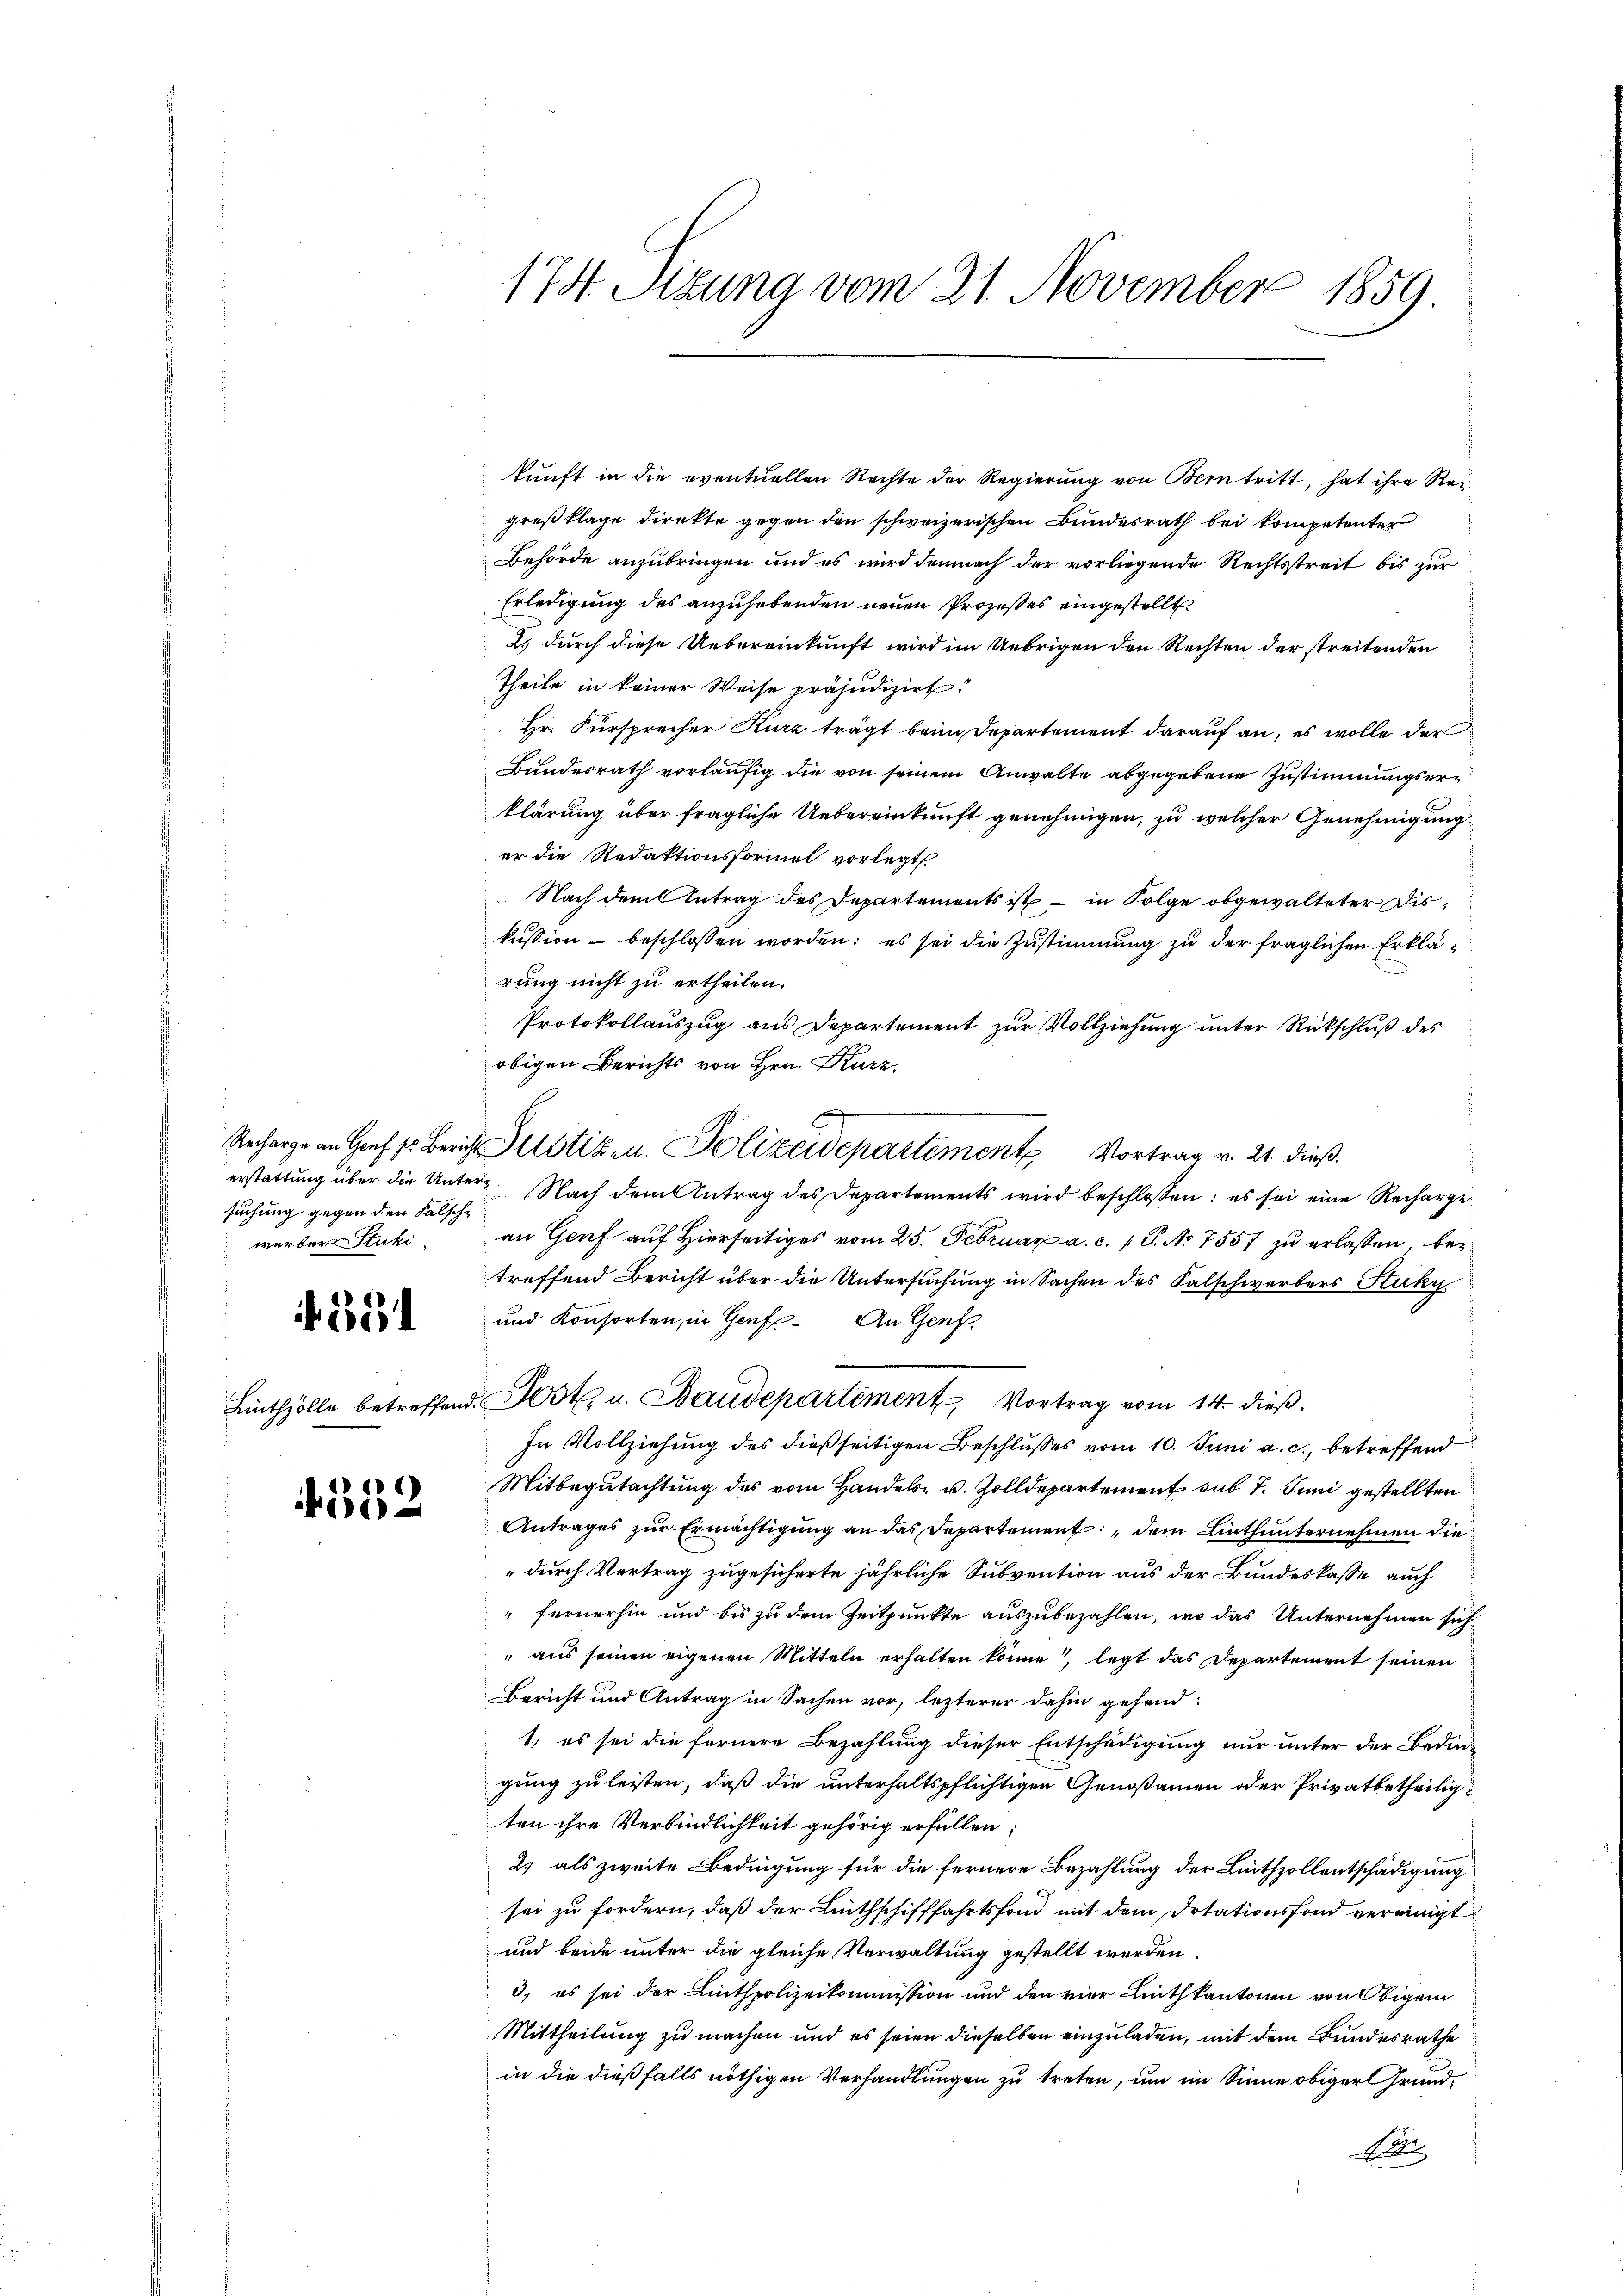
suchung gegen den Falsche

354

152

kunft in die eventuellen Rechte der Regierŭng von Bern tritt, hat ihre Reigreßklage direkte gegen den schweizerischen Bundesrath bei kompetenter
Behörde anzubringen und es wird demnach der vorliegende Rechtsstreit bis zur
Erledigung des anzuhebenden neuen Prozesses eingestellt
2., durch diese Uebereinkunft wird im Uebrigen den Rechten der streitenden
Theile in keiner Weise präjudizirt:
Hr. Fürsprecher Kurz trägt beim Departement darauf an, es wolle der
Bundesrath vorläufig die von seinem Anwalte abgegebene Zustimmungserklärung über fragliche Uebereinkunft genehmigen, zu welcher Genehmigung
er die Redaktionsformel vorlegt
Nach dem Antrag des Departements ist – in Folge obgewalteter Diskussion beschlossen worden: es sei die Zustimmung zu der fraglichen Erklärung nicht zu ertheilen.
Protokollauszug aus Departement zur Vollziehung unter Rückschluß des
obigen Berichts von Hrn. Kurz,
2
Recharge an Genf fr. Bericht Potizen. Polizeidepartement Vortrag v. 21. dieß.
erstattung über die Unter Nach dem Antrag des Departements wird beschlossen: es sei eine Rechargewerber Stuki an Genf aŭf hierseitiges vom 25. Februar a. c. 1 P. Nr. 755 zŭ erlassen, betreffend Bericht über die Untersuchung in Sachen des Salschwerbers Stucky
und Konsorten, in Genf. An Genf.
Linthzölle betreffend. Post. u. Baudepartement, Vortrag vom 14. dieß.
In Vollziehung des dießseitigen Beschlusses vom 10. Juni a. c., betreffend
Mitbegutachtung des vom Handels- u. Zolldepartement sub 7. Juni gestellten
Antrages zur Ermächtigung an das Departement dem Linthunternehmen die
„durch Vertrag zugesicherte jährliche Subvention aus der Bundeskasse auch
fernerhin und bis zu dem Zeitpunkte auszubezahlen, wo das Unternehmen sich
aus seinen eigenen Mitteln erhalten könne, legt das Departement seinen
Bericht und Antrag in Sachen vor, lezterer dahin gehend:
1. es sei die fernere Bezahlung dieser Entschädigung nur unter der Bedin-
gung zu leisten, daß die unterhaltspflichtigen Genoßamen oder Privatbetheiligten ihre Verbindlichkeit gehörig erfüllen;
2) als zweite Bedingung für die fernere Bezahlung der Linthzollentschädigung
sei zu fordern, daß der Linthschifffahrtsfond mit dem Dotationsfond vereinigt
und beide unter die gleiche Verwaltung gestellt werden.
3.) es sei der Linthpolizeikommission und den vier Linthkantonen von Obigem
Mittheilung zu machen und es seien dieselben einzuladen, mit dem Bundesrathe
in die dießfalls nöthigen Verhandlungen zu treten, um im Sinne obiger Grund¬
So

174. Sizung vom 21. November 1859